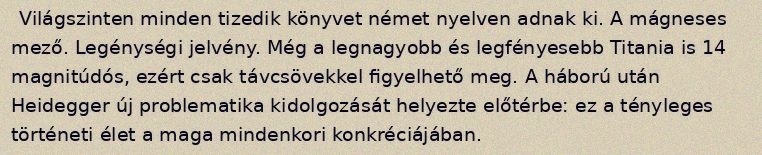
Világszinten minden tizedik könyvet német nyelven adnak ki. A mágneses mező. Legénységi jelvény. Még a legnagyobb és legfényesebb Titania is 14 magnitúdós, ezért csak távcsövekkel figyelhető meg. A háború után Heidegger új problematika kidolgozását helyezte előtérbe: ez a tényleges történeti élet a maga mindenkori konkréciájában.